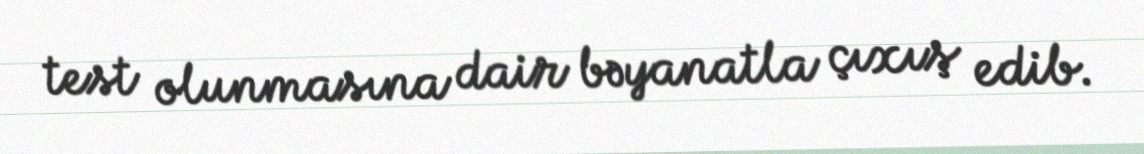
test olunmasına dair bəyanatla çıxış edib.